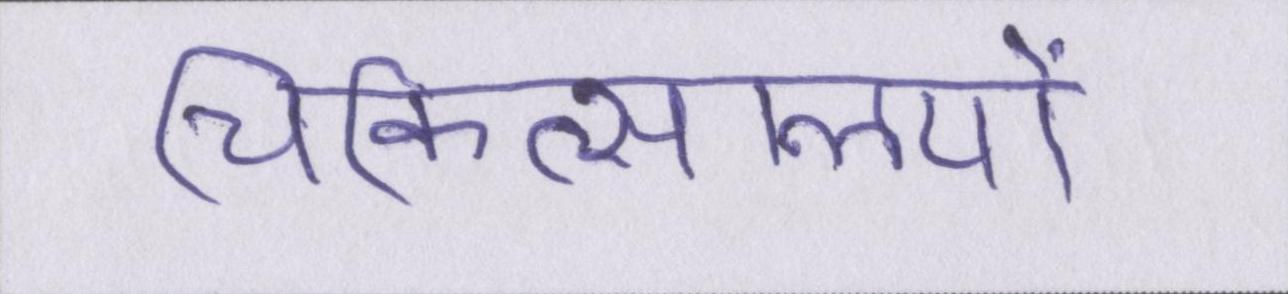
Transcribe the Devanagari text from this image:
चिकित्सालयों